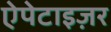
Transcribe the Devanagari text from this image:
ऐपेटाइज़र